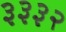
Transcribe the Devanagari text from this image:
३३३२